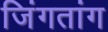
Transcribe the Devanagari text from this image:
जिंगतांग